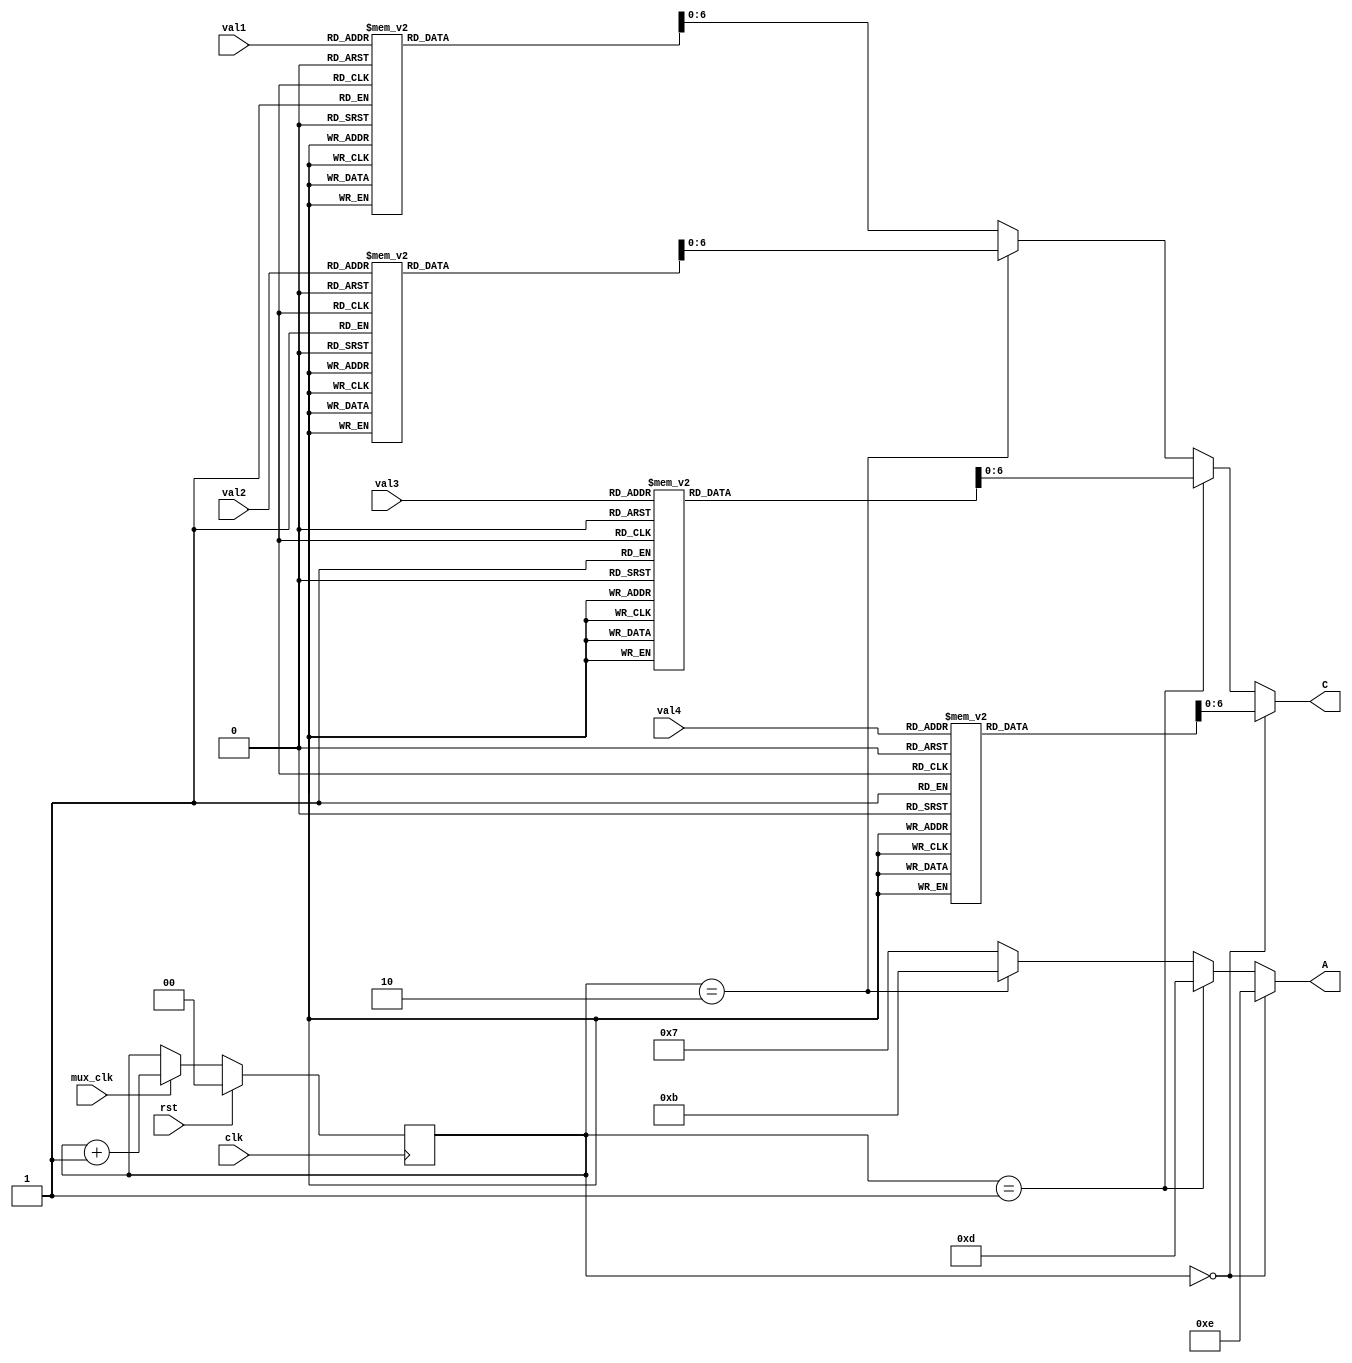
/*
    Driver of 7-segment display
        val1, ..., val4 are the decimal values to display
        A is the anodes to multiplex, one for each 7-segment display
        C are the cathodes connected to all displays
*/

module segdisplay(
    input clk,
    input mux_clk,
    input rst,
    input [3:0] val1,
    input [3:0] val2,
    input [3:0] val3,
    input [3:0] val4,
    output [3:0] A,     // Anodes
    output [6:0] C      // Cathods
);

    reg [1:0] a_num;
    
    function [7:0] digit (input [3:0] val);
        begin
            case(val)
            0: digit = ~7'b1111110;
            1: digit = ~7'b0110000;
            2: digit = ~7'b1101101;
            3: digit = ~7'b1111001;
            4: digit = ~7'b0110011;
            5: digit = ~7'b1011011;
            6: digit = ~7'b1011111;
            7: digit = ~7'b1110000;
            8: digit = ~7'b1111111;
            9: digit = ~7'b1111011;
            default: digit = ~7'b0000000; // off
            endcase
        end
	 endfunction
    
    assign A = a_num == 2'd0 ? 4'b1110 :
               a_num == 2'd1 ? 4'b1101 :
               a_num == 2'd2 ? 4'b1011 :
               4'b0111;
      
    assign C = a_num == 2'd0 ? digit(val4) :
               a_num == 2'd1 ? digit(val3) :
               a_num == 2'd2 ? digit(val2) :
               digit(val1);
       
    always @(posedge clk) begin
        if (rst) begin
            a_num <= 2'd0;
        end else if (mux_clk) begin
            a_num <= a_num + 2'd1;
        end else begin
            a_num <= a_num;
        end
    end
endmodule